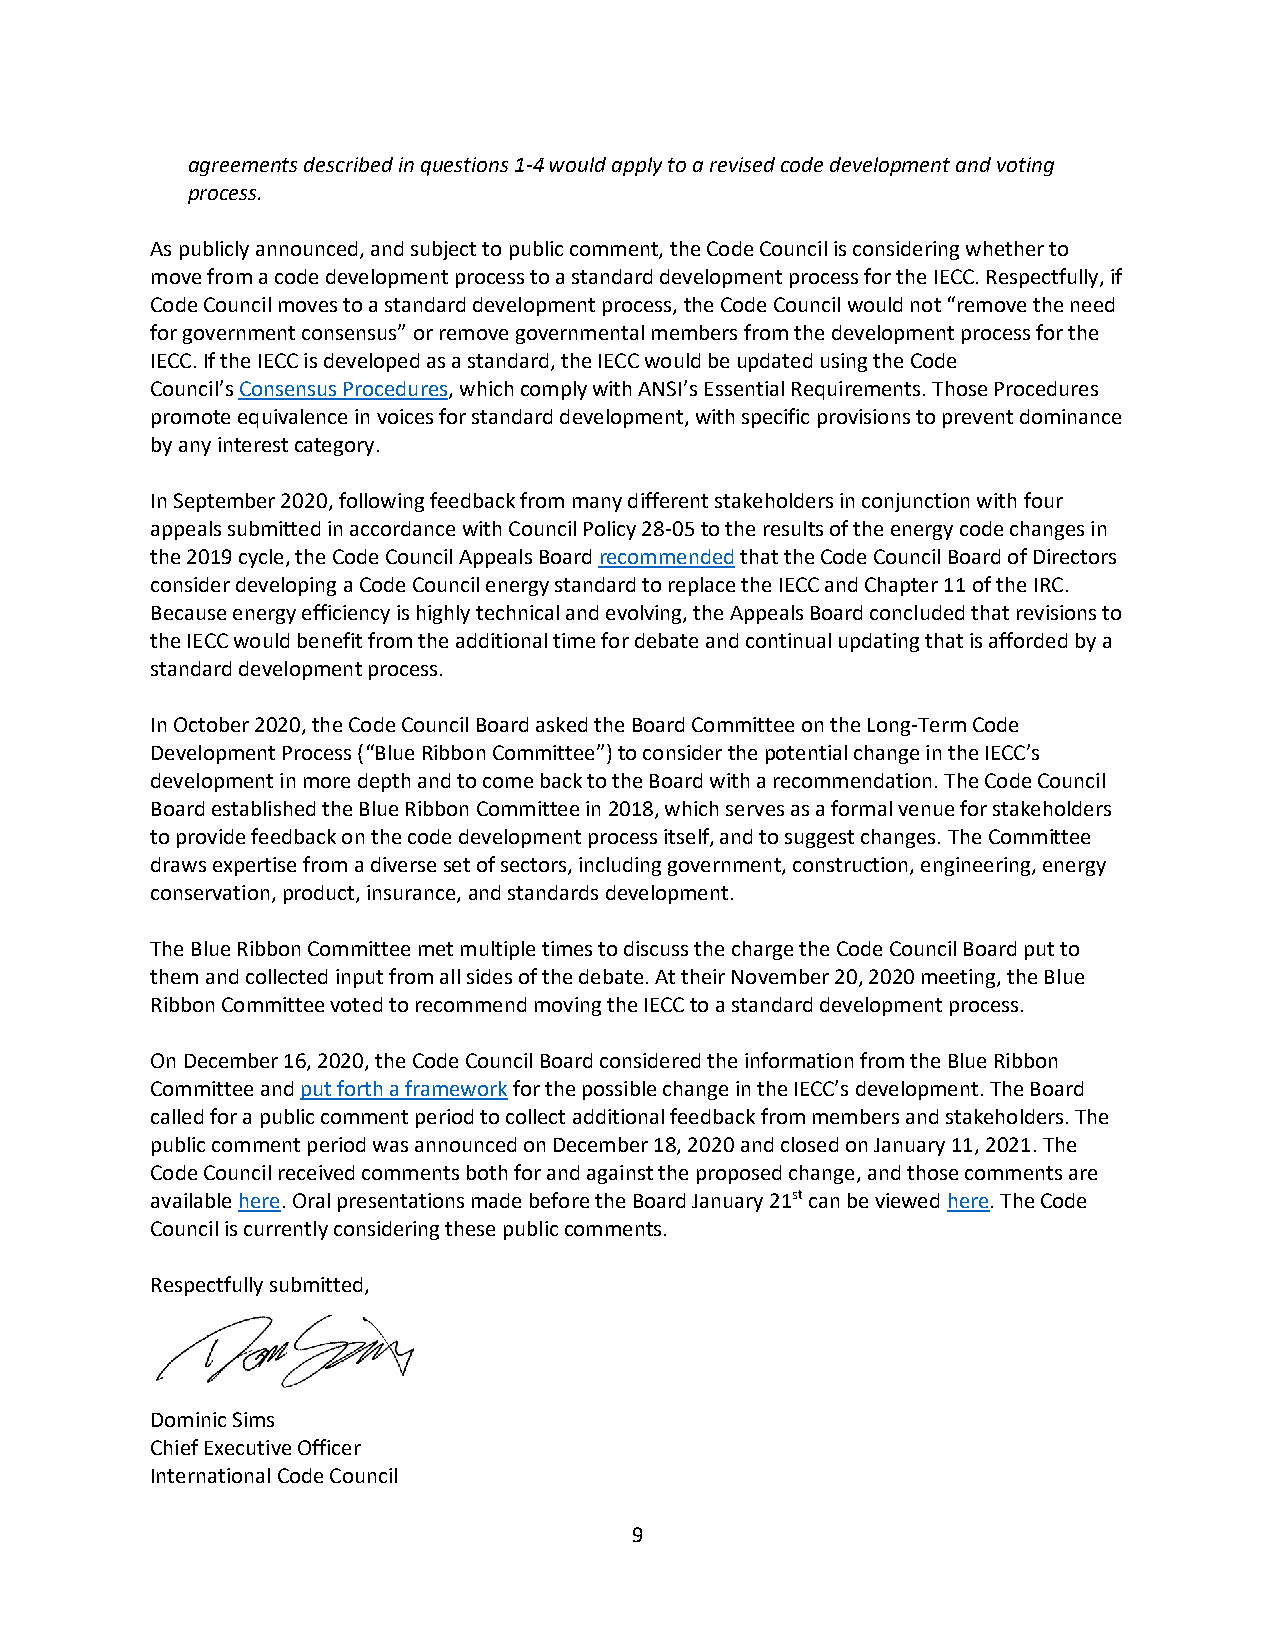
agreements described in questions 1-4 would apply to a revised code development and voting
 process.
 As publicly announced, and subject to public comment, the Code Council is considering whether to
 move from a code development process to a standard development process for the IECC. Respectfully, if
 Code Council moves to a standard development process, the Code Council would not “remove the need
 for government consensus” or remove governmental members from the development process for the
 IECC. If the IECC is developed as a standard, the IECC would be updated using the Code
 Council’s Consensus Procedures, which comply with ANSI’s Essential Requirements. Those Procedures
 promote equivalence in voices for standard development, with specific provisions to prevent dominance
 by any interest category.
 In September 2020, following feedback from many different stakeholders in conjunction with four
 appeals submitted in accordance with Council Policy 28-05 to the results of the energy code changes in
 the 2019 cycle, the Code Council Appeals Board recommended that the Code Council Board of Directors
 consider developing a Code Council energy standard to replace the IECC and Chapter 11 of the IRC.
 Because energy efficiency is highly technical and evolving, the Appeals Board concluded that revisions to
 the IECC would benefit from the additional time for debate and continual updating that is afforded by a
 standard development process.
 In October 2020, the Code Council Board asked the Board Committee on the Long-Term Code
 Development Process (“Blue Ribbon Committee”) to consider the potential change in the IECC’s
 development in more depth and to come back to the Board with a recommendation. The Code Council
 Board established the Blue Ribbon Committee in 2018, which serves as a formal venue for stakeholders
 to provide feedback on the code development process itself, and to suggest changes. The Committee
 draws expertise from a diverse set of sectors, including government, construction, engineering, energy
 conservation, product, insurance, and standards development.
 The Blue Ribbon Committee met multiple times to discuss the charge the Code Council Board put to
 them and collected input from all sides of the debate. At their November 20, 2020 meeting, the Blue
 Ribbon Committee voted to recommend moving the IECC to a standard development process.
 On December 16, 2020, the Code Council Board considered the information from the Blue Ribbon
 Committee and put forth a framework for the possible change in the IECC’s development. The Board
 called for a public comment period to collect additional feedback from members and stakeholders. The
 public comment period was announced on December 18, 2020 and closed on January 11, 2021. The
 Code Council received comments both for and against the proposed change, and those comments are
 available here. Oral presentations made before the Board January 21st can be viewed here. The Code
 Council is currently considering these public comments.
 Respectfully submitted,
 Dominic Sims
 Chief Executive Officer
 International Code Council
 9